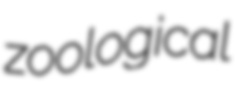
zoological